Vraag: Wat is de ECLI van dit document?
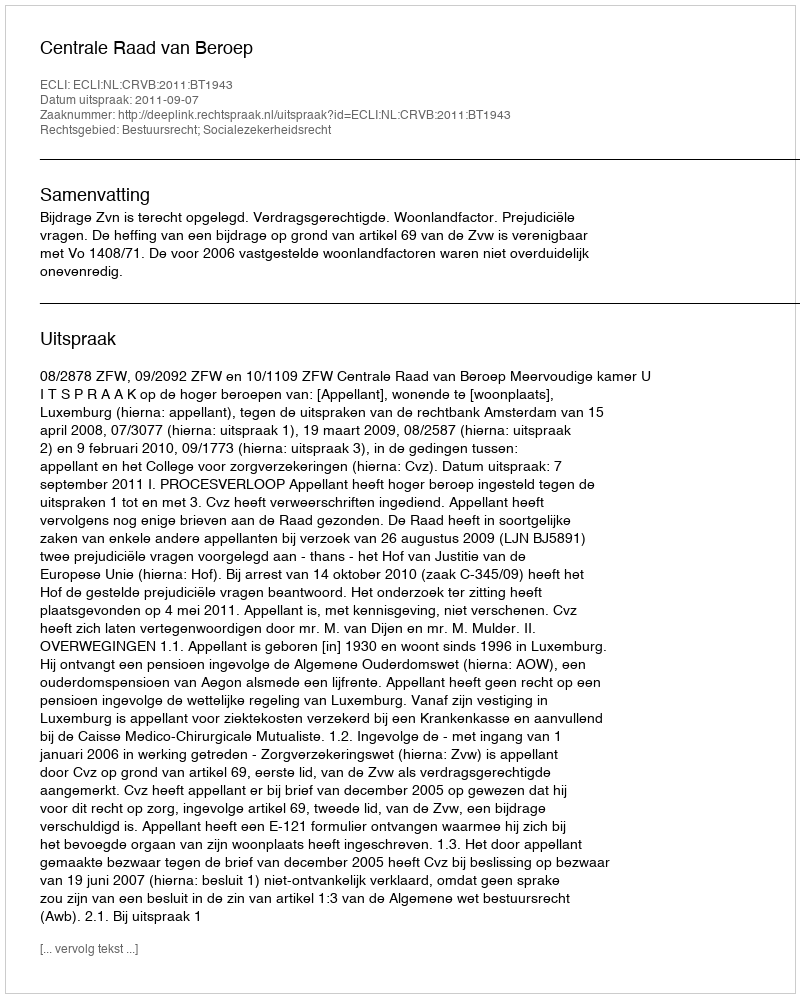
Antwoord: ECLI:NL:CRVB:2011:BT1943